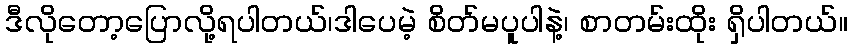
ဒီလိုတော့ပြောလို့ရပါတယ်၊ဒါပေမဲ့ စိတ်မပူပါနဲ့၊ စာတမ်းထိုး ရှိပါတယ်။